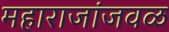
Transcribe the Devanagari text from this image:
महाराजांजवळ